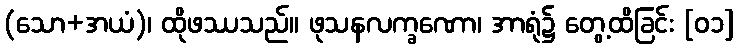
(သော+အယံ)၊ ထိုဖဿသည်။ ဖုသနလက္ခဏော၊ အာရုံ၌ တွေ့ထိခြင်း [၀၁]